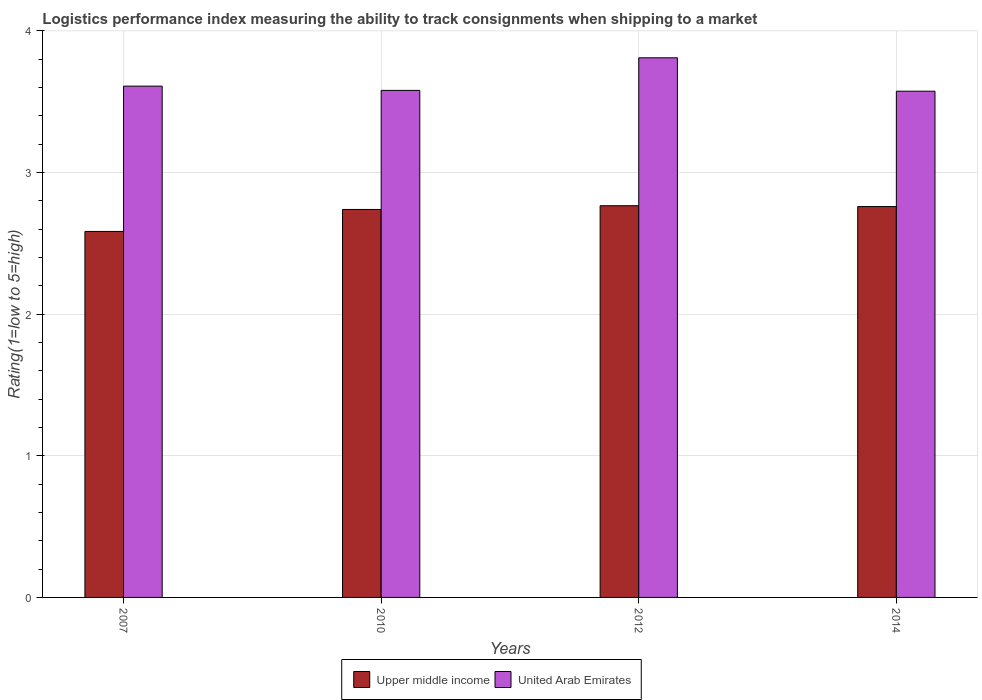
| Years | Upper middle income | United Arab Emirates |
 | --- | --- | --- |
 | 2007 | 2.58 | 3.61 |
 | 2010 | 2.74 | 3.58 |
 | 2012 | 2.77 | 3.81 |
 | 2014 | 2.76 | 3.57 |